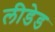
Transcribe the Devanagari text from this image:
लीडेड